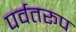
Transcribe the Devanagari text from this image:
पर्वतरूप